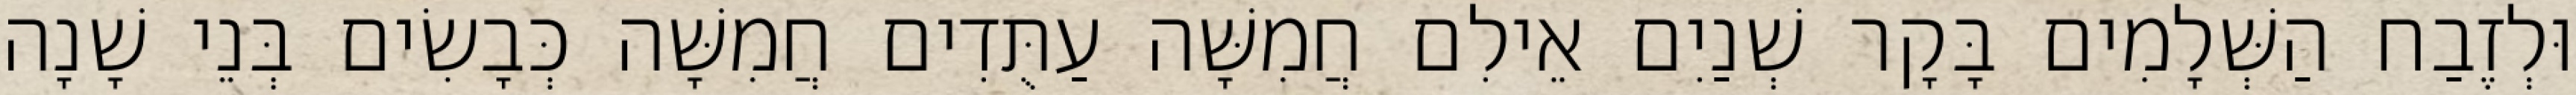
וּלְזֶבַח הַשְּׁלָמִים בָּקָר שְׁנַיִם אֵילִם חֲמִשָּׁה עַתֻּדִים חֲמִשָּׁה כְּבָשִׂים בְּנֵי שָׁנָה